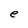
Character: e